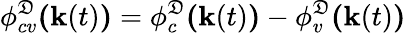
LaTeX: \phi_{cv}^{\mathfrak{D}}\textbf{{(}}\textbf{{k}}(t)\textbf{{)}}=\phi_{c}^{\mathfrak{D}}\textbf{{(}}\textbf{{k}}(t)\textbf{{)}}-\phi_{v}^{\mathfrak{D}}\textbf{{(}}\textbf{{k}}(t)\textbf{{)}}